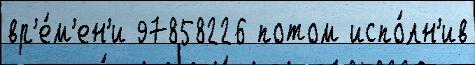
вр'е́м'ен'и 97858226 потом испо́лн'ив